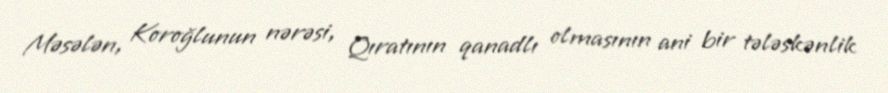
Məsələn, Koroğlunun nərəsi, Qıratının qanadlı olmasının ani bir tələskənlik